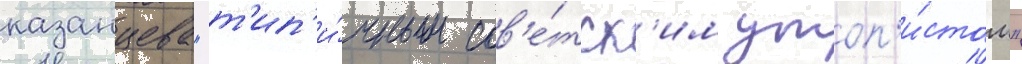
казанцева "т'ип'и́чным сов'е́тск'им утоп'и́стом"